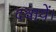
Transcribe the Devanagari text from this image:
दवायें।